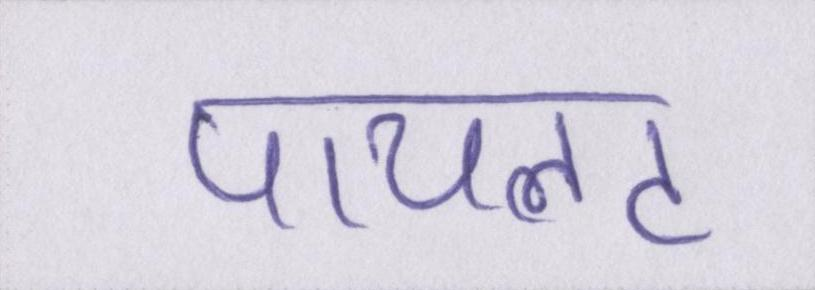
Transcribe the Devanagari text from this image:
पायलट